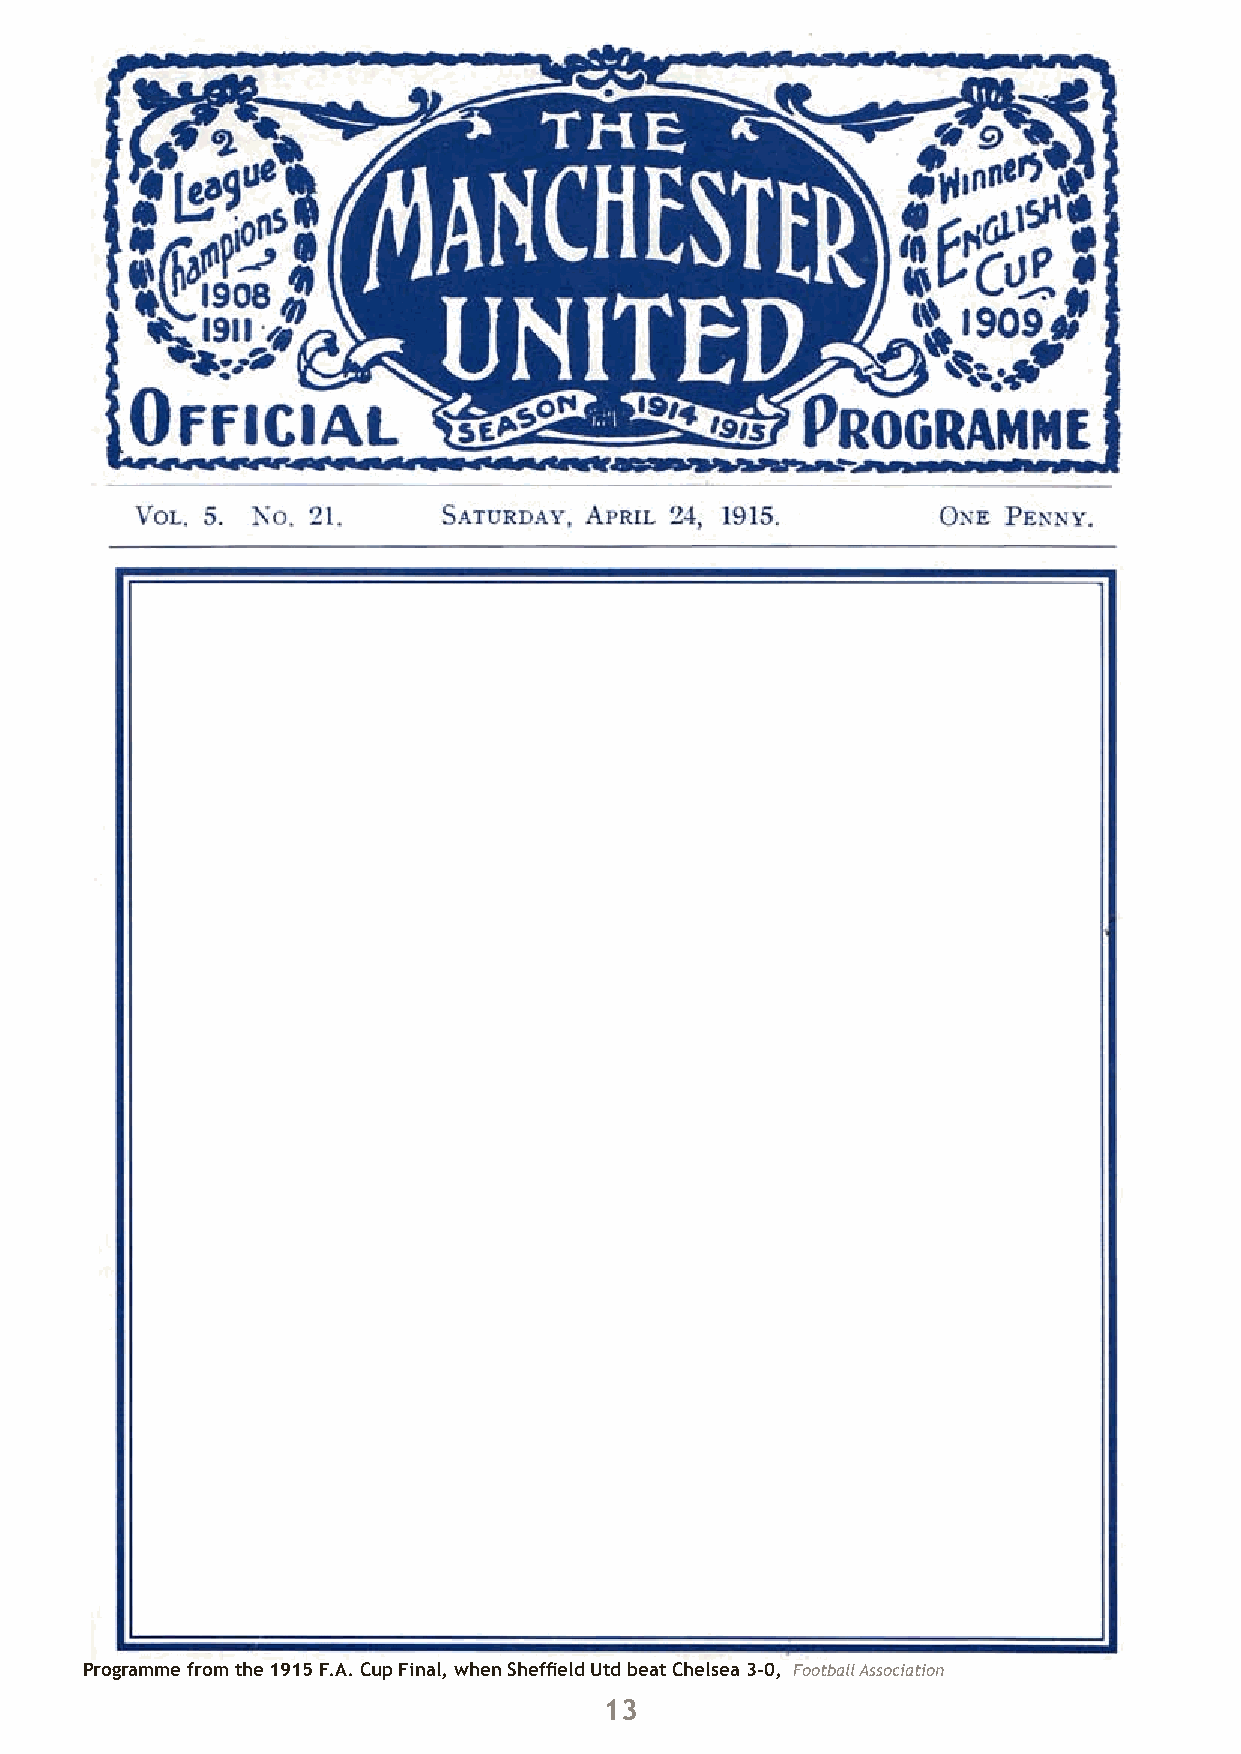
A   postcard           from        Piave                      Activity 5
 Focus:   Letter  writing   in role  as Walter   Tull
 It is New Year’s Day, 1918. Walter has just returned from
 his second successful patrol behind enemy lines at Piave
 on the Italian front.
 He receives his mail from home and immediately sits
 down to write a letter to his sister Cecillia in Folkestone.
 TO DO:
 Imagine you are Walter Tull. Write a letter to Cecillia
 from Piave, Italy.
 To help you, use the sources on page 15 and read
 the letter below written by Harry Lamin, who served
 on the Italian front in 1917/18 at the same time as
 Walter.
 Phil Vasili/Finlayson Family collection
 32507 9th Batt York and Lancs
 C Company
 12 platoon L. G. section
 BEF Italy
 Dec 1st 1917
 Dear Jack
 I have just received a small packet from you and was very pleased with it. It was a good job it
 was something that would keep as it was the dated Nov 8th. I have also received a letter Nov
 14th. We have had some good marches this last fortnight which
 I should have enjoyed better had we not quite so much to carry. The weather has been just right
 for marching the roads are very level out here you can see all the big hills or mountains in the
 distance with snow on them the scenery would be grand in summer time. I am pleased they are
 going on all right and home and that you are keeping well. Glad to hear about Kate. I think
 it is very good of them to buy you a present worth about £10 it should be a good one. We are
 getting on better for food now but very short of bread. Don’t forget to put Italy instead of
 France I hope you have a Merry xmas and a Happy new year. I’m going to try to get a card to
 send you for Christmas. Write back as soon as you can and don’t forget.
 Yours, Harry
 Harry’s letter comes from WW1 Experiences of an English Soldier http://wwar1.blogspot.com/
 Harry Lamin’s letters have been made part of a live blog put together by his grandson Bill
 Lamin. Check the daily postings on Harry’s blogs to see the everyday things soldiers on the
 Programme from the 1915 F.A. Cup Final, when Sheffield Utd beat Chelsea 3-0, Football Association Italian front wrote about.
 13                                                                                14